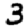
Digit: 3